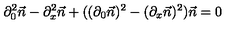
\partial _ { 0 } ^ { 2 } \vec { n } - \partial _ { x } ^ { 2 } \vec { n } + ( ( \partial _ { 0 } \vec { n } ) ^ { 2 } - ( \partial _ { x } \vec { n } ) ^ { 2 } ) \vec { n } = 0